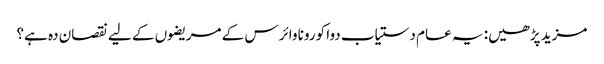
مزید پڑھیں: یہ عام دستیاب دوا کورونا وائرس کے مریضوں کے لیے نقصان دہ ہے؟